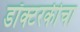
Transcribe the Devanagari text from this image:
डॉक्टरकीचा